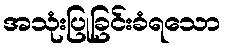
အသုံးပြုခြင်းခံရသော